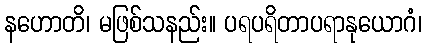
နဟောတိ၊ မဖြစ်သနည်း။ ပရပရိတာပရာနုယောဂံ၊